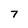
Character: 7